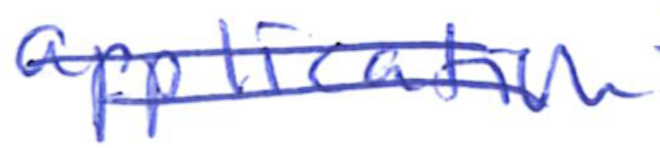
Text: application
Cross-out: double-line
Writing tool: ballpoint